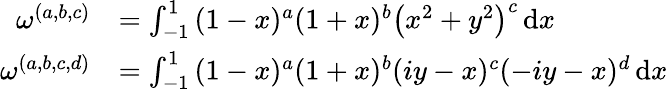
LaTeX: \begin{array}{rl}{\omega^{(a,b,c)}}&{=\int_{-1}^{1}{(1-x)^{a}(1+x)^{b}\left(x^{2}+y^{2}\right)^{c}\, \mathrm{d}x}}\\ {\omega^{(a,b,c,d)}}&{=\int_{-1}^{1}{(1-x)^{a}(1+x)^{b}(iy-x)^{c}(-iy-x)^{d}\, \mathrm{d}x}}\end{array}